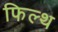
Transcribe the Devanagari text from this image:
फिल्थ